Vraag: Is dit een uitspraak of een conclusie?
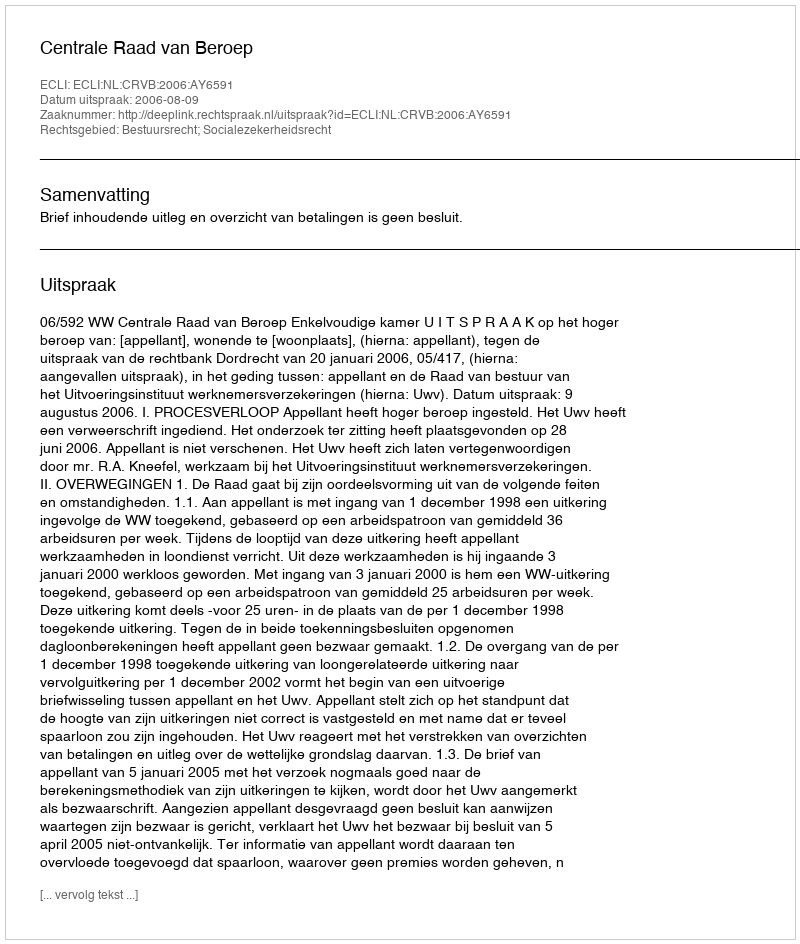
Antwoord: Uitspraak